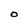
Character: o